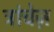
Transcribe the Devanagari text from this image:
ट्रांचेज़